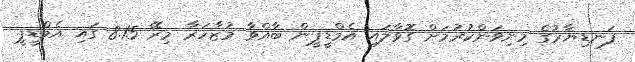
ފަނޑިޔާރުގެ މިނިވަންކުރުމަށް ގޮވާލައި އެމްޑީޕީން ބާއްވާ މުޒާހަރާ މިރޭ 8.15 ގައި އެމްޑީޕީ